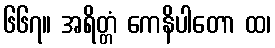
၆၆၇။ အရိတ္တံ ကေနိပါတော ထ၊